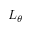
L _ { \theta }